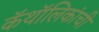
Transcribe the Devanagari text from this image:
कॅथॉलिकांची